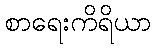
စာရေးကိရိယာ